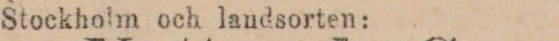
Stockholm och landsorten: